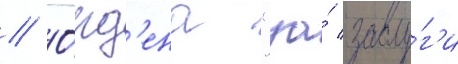
// О́рд'ена "за́ заслу́г'и